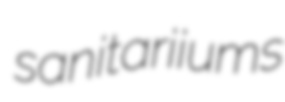
sanitariiums